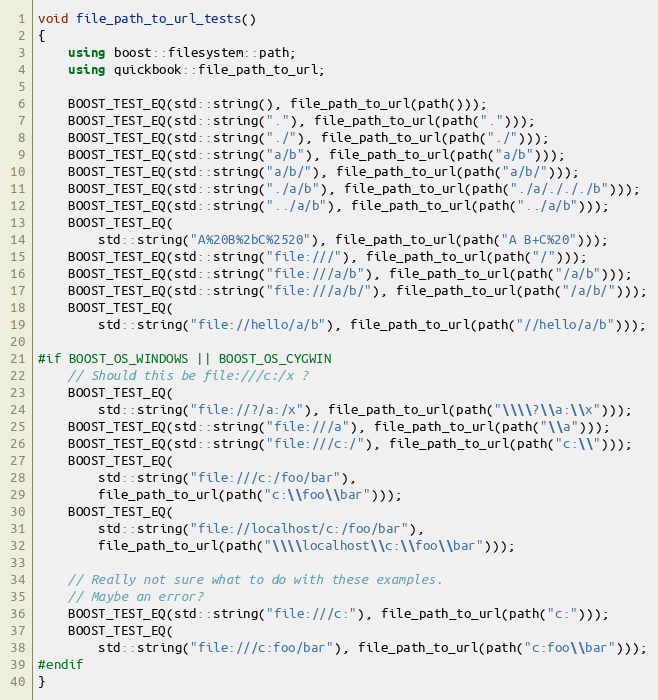
Language: C++
void file_path_to_url_tests()
{
    using boost::filesystem::path;
    using quickbook::file_path_to_url;

    BOOST_TEST_EQ(std::string(), file_path_to_url(path()));
    BOOST_TEST_EQ(std::string("."), file_path_to_url(path(".")));
    BOOST_TEST_EQ(std::string("./"), file_path_to_url(path("./")));
    BOOST_TEST_EQ(std::string("a/b"), file_path_to_url(path("a/b")));
    BOOST_TEST_EQ(std::string("a/b/"), file_path_to_url(path("a/b/")));
    BOOST_TEST_EQ(std::string("./a/b"), file_path_to_url(path("./a/./././b")));
    BOOST_TEST_EQ(std::string("../a/b"), file_path_to_url(path("../a/b")));
    BOOST_TEST_EQ(
        std::string("A%20B%2bC%2520"), file_path_to_url(path("A B+C%20")));
    BOOST_TEST_EQ(std::string("file:///"), file_path_to_url(path("/")));
    BOOST_TEST_EQ(std::string("file:///a/b"), file_path_to_url(path("/a/b")));
    BOOST_TEST_EQ(std::string("file:///a/b/"), file_path_to_url(path("/a/b/")));
    BOOST_TEST_EQ(
        std::string("file://hello/a/b"), file_path_to_url(path("//hello/a/b")));

#if BOOST_OS_WINDOWS || BOOST_OS_CYGWIN
    // Should this be file:///c:/x ?
    BOOST_TEST_EQ(
        std::string("file://?/a:/x"), file_path_to_url(path("\\\\?\\a:\\x")));
    BOOST_TEST_EQ(std::string("file:///a"), file_path_to_url(path("\\a")));
    BOOST_TEST_EQ(std::string("file:///c:/"), file_path_to_url(path("c:\\")));
    BOOST_TEST_EQ(
        std::string("file:///c:/foo/bar"),
        file_path_to_url(path("c:\\foo\\bar")));
    BOOST_TEST_EQ(
        std::string("file://localhost/c:/foo/bar"),
        file_path_to_url(path("\\\\localhost\\c:\\foo\\bar")));

    // Really not sure what to do with these examples.
    // Maybe an error?
    BOOST_TEST_EQ(std::string("file:///c:"), file_path_to_url(path("c:")));
    BOOST_TEST_EQ(
        std::string("file:///c:foo/bar"), file_path_to_url(path("c:foo\\bar")));
#endif
}